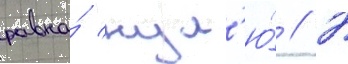
равна́ нул'ю́ // В